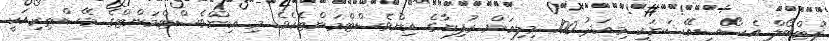
ފުޓްބޯލް އެސޯސިއޭޝަނަކީ މިއަދު 100 މިލިއަން ރުފިޔާގެ އިންވެސްޓްމަންޓެކެވެ. މި އިންވެސްޓްމަންޓްގެ މޭސްތިރިއަކީ